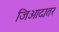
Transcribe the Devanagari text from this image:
जिआदातर